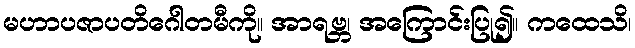
မဟာပဇာပတိဂေါတမီကို။ အာရဗ္ဘ၊ အကြောင်းပြု၍။ ကထေသိ၊